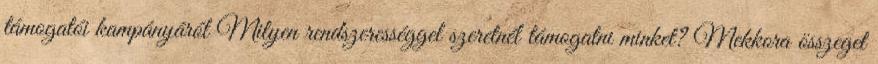
támogatói kampányáról Milyen rendszerességgel szeretnél támogatni minket? Mekkora összeget